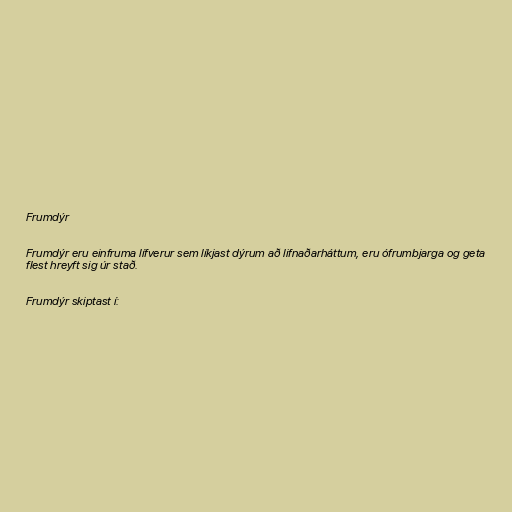
Frumdýr

Frumdýr eru einfruma lífverur sem líkjast dýrum að lifnaðarháttum, eru ófrumbjarga og geta
flest hreyft sig úr stað.

Frumdýr skiptast í: